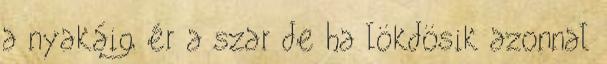
a nyakáig ér a szar de ha lökdösik azonnal